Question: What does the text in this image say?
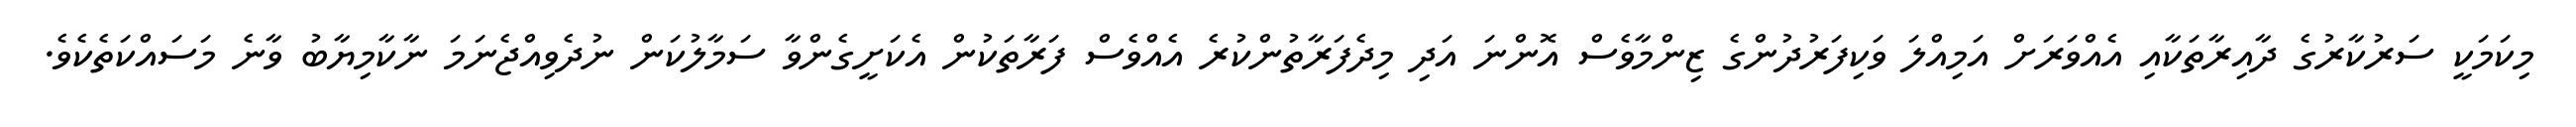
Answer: މިކަމަކީ ސަރުކާރުގެ ދާއިރާތަކާއި އެއްވަރަށް އަމިއްލަ ވަކިފަރުދުންގެ ޒިންމާވެސް އޮންނަ އަދި މިދެފަރާތުންކުރެ އެއްވެސް ފަރާތަކުން އެކަށީގެންވާ ސަމާލުކަން ނުދެވިއްޖެނަމަ ނާކާމިޔާބު ވާނެ މަސައްކަތެކެވެ.